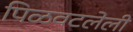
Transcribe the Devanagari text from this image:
पिळवटलेली